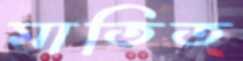
মাতিত